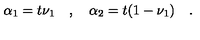
\alpha _ { 1 } = t \nu _ { 1 } \quad , \quad \alpha _ { 2 } = t ( 1 - \nu _ { 1 } ) \quad .